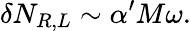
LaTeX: \delta N_{R,L}\sim\alpha^{\prime}M\omega.